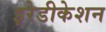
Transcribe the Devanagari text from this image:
इरेडीकेशन